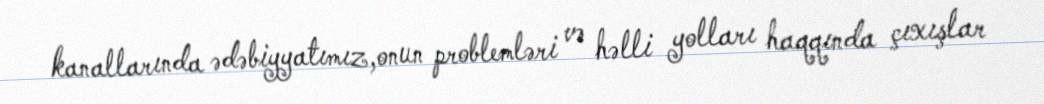
kanallarında ədəbiyyatımız,onun problemləri və həlli yolları haqqında çıxışlar